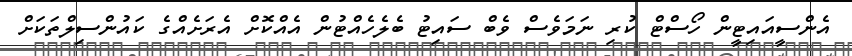
އެންސީއައިޓީން ހޯސްޓް ކުރި ނަމަވެސް ވެބް ސައިޓު ބެލެހެއްޓުން އެއްކޮށް އެރަށެއްގެ ކައުންސިލްތަކަށް